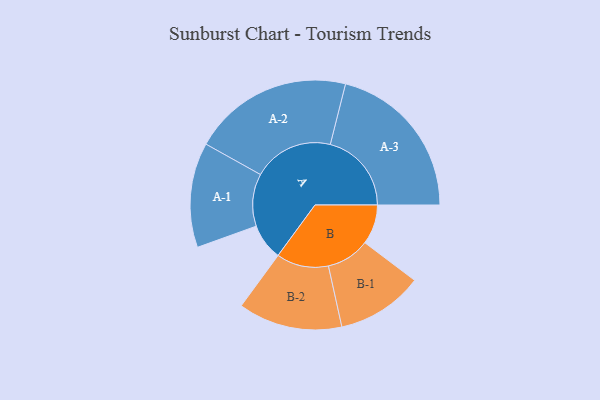
{"axis": {"x": "Segment", "y": "Value"}, "legend": ["", "A", "B"], "data": [{"x": "A", "y": 120, "type": ""}, {"x": "B", "y": 131, "type": ""}, {"x": "A-1", "y": 173, "type": "A"}, {"x": "A-2", "y": 265, "type": "A"}, {"x": "A-3", "y": 268, "type": "A"}, {"x": "B-1", "y": 143, "type": "B"}, {"x": "B-2", "y": 172, "type": "B"}]}